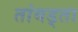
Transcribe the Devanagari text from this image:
तांबड्ता